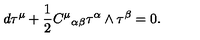
d { \bf \tau } ^ { \mu } + \frac { 1 } { 2 } { C ^ { \mu } } _ { \alpha \beta } { \bf \tau } ^ { \alpha } \wedge { \bf \tau } ^ { \beta } = 0 .